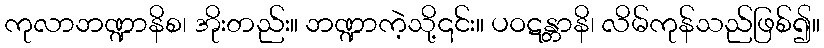
ကုလာဘဏ္ဍာနိစ၊ အိုးတည်း။ ဘဏ္ဍာကဲ့သို့၎င်း။ ပဝဋန္တာနိ၊ လိမ်ကုန်သည်ဖြစ်၍။